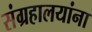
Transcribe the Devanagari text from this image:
संग्रहालयांना